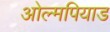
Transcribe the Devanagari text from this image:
ओल्मपियाड